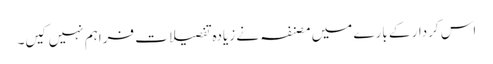
اس کردار کے بارے میں مصنفہ نے زیادہ تفصیلات فراہم نہیں کیں۔